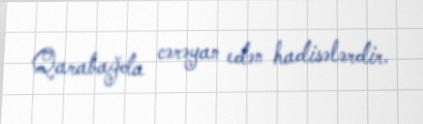
Qarabağda cərəyan edən hadisələrdir.